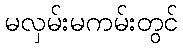
မလှမ်းမကမ်းတွင်